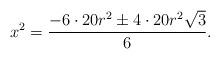
LaTeX: \begin{align*}x^{2} = \frac{-6\cdot 20 r^{2} \pm 4 \cdot 20 r^{2} \sqrt{3}}{6}.\end{align*}